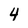
Character: 4